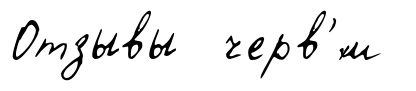
Отзывы черв'́м